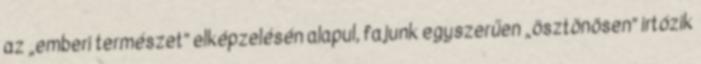
az „emberi természet” elképzelésén alapul, fajunk egyszerűen „ösztönösen” irtózik